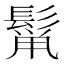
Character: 𮫋